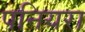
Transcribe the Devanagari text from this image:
पनियरा